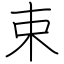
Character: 束